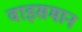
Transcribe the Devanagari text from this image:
वाइसमान